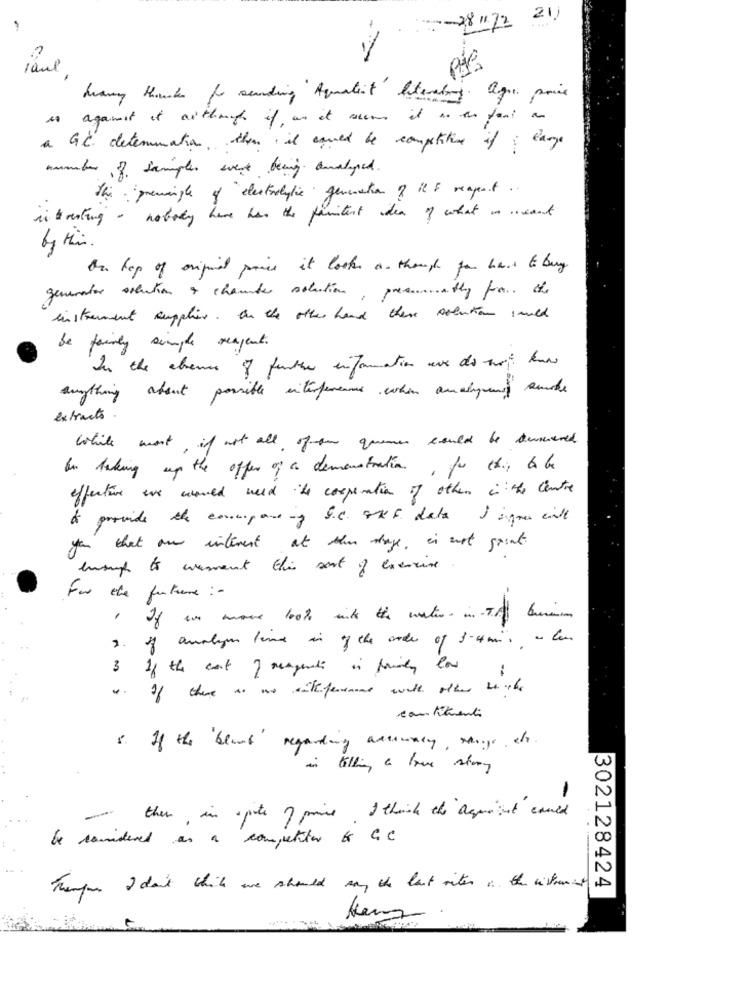
28/22
raul
Many Rounds for sending Aquatent Siterating. agre price
is against it although if an it amit as afand an
a GC determination, then il qued be competitive of large
number of samples were being analysed.
the "premangle of electrolytic generation ? il & reagent.
interesting - nobody have has the fastest idea of what is meant
On top of original price it looks a. though for have to buy
generator solution & chamber solution, presumably for the
instrument supplier. On the other hand there solution sould
be fairly simple reagent.
In the absence of further information are do not kan
anything about possible interfereaus when analyun amide
extracts
While most, if not all of our queme could be dewereld
In taking up the offer of a demonstration , por ex ., to be
effective we would need the cooperation of other in the centre
& provide the company S.C. SHE data I igner cile
you that an interest at ten dage, i must saint.
enough to wement this sort of exercise
For the future :-
" If we move look into the water in TA buri
2. if analym fen in of the order of 3-4mmis @ low
3 If the cast freagents in fruity low
4. If there to use withference with other thanthe
constituenti
8. If the blank' regarding actively, Mage, the
-
then, in spite ? price, I think the aquaint could
be considered as a competitor bo CC
Thumper I can't which we should say the last rites . the withromit is
302128424